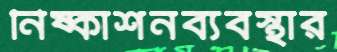
নিষ্কাশনব্যবস্থার